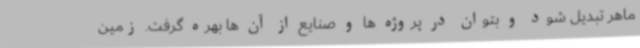
ماهر تبدیل شود و بتوان در پروژه ها و صنایع از آن ها بهره گرفت. زمین